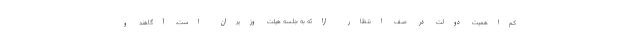
کم‌اهمیت دولت در صف انتظار ارائه به جلسه هیئت وزیران است، آگاهند و